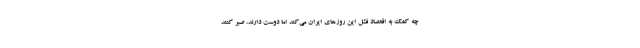
چه کمک به اقتصاد فشل این روزهای ایران می‌کند اما دوست دارند، صبر کنند